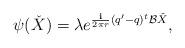
LaTeX: \begin{align*}\psi (\check{X})=\lambda e^{\frac{\mathbf{i}}{2\pi r}(q'-q)^t\mathcal{B}\check{X}}, \end{align*}